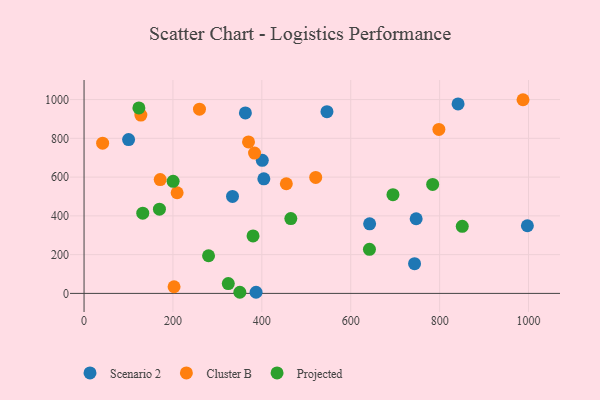
{"axis": {"x": "Experience", "y": "Yield"}, "legend": ["Cluster B", "Projected", "Scenario 2"], "data": [{"x": "743.6", "y": 153.2, "type": "Scenario 2"}, {"x": "363.0", "y": 931.0, "type": "Scenario 2"}, {"x": "401.0", "y": 686.3, "type": "Scenario 2"}, {"x": "546.5", "y": 937.5, "type": "Scenario 2"}, {"x": "747.2", "y": 385.2, "type": "Scenario 2"}, {"x": "841.5", "y": 977.6, "type": "Scenario 2"}, {"x": "100.2", "y": 793.7, "type": "Scenario 2"}, {"x": "642.5", "y": 359.0, "type": "Scenario 2"}, {"x": "997.4", "y": 349.0, "type": "Scenario 2"}, {"x": "334.0", "y": 500.2, "type": "Scenario 2"}, {"x": "404.5", "y": 590.9, "type": "Scenario 2"}, {"x": "387.0", "y": 6.0, "type": "Scenario 2"}, {"x": "259.7", "y": 950.3, "type": "Cluster B"}, {"x": "209.4", "y": 519.3, "type": "Cluster B"}, {"x": "521.2", "y": 598.2, "type": "Cluster B"}, {"x": "202.5", "y": 34.2, "type": "Cluster B"}, {"x": "987.6", "y": 999.2, "type": "Cluster B"}, {"x": "41.8", "y": 774.9, "type": "Cluster B"}, {"x": "171.3", "y": 587.0, "type": "Cluster B"}, {"x": "127.8", "y": 920.0, "type": "Cluster B"}, {"x": "370.0", "y": 781.6, "type": "Cluster B"}, {"x": "798.3", "y": 846.2, "type": "Cluster B"}, {"x": "383.6", "y": 724.1, "type": "Cluster B"}, {"x": "455.1", "y": 565.6, "type": "Cluster B"}, {"x": "380.2", "y": 296.4, "type": "Projected"}, {"x": "169.6", "y": 434.7, "type": "Projected"}, {"x": "465.2", "y": 386.0, "type": "Projected"}, {"x": "695.0", "y": 509.5, "type": "Projected"}, {"x": "350.5", "y": 5.8, "type": "Projected"}, {"x": "200.4", "y": 578.3, "type": "Projected"}, {"x": "784.3", "y": 562.0, "type": "Projected"}, {"x": "132.1", "y": 413.9, "type": "Projected"}, {"x": "850.9", "y": 346.2, "type": "Projected"}, {"x": "642.1", "y": 227.4, "type": "Projected"}, {"x": "280.1", "y": 194.2, "type": "Projected"}, {"x": "324.5", "y": 50.8, "type": "Projected"}, {"x": "123.4", "y": 956.9, "type": "Projected"}]}